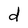
Character: d